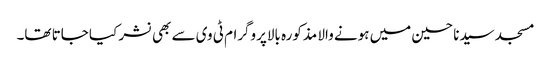
مسجد سیدنا حسین میں ہونے والا مذکورہ بالاپروگرام ٹی وی سے بھی نشر کیا جاتا تھا۔